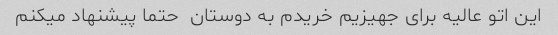
این اتو عالیه برای جهیزیم خریدم به دوستان  حتما پیشنهاد میکنم